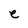
Character: e